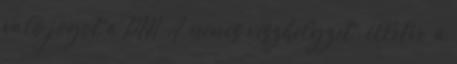
való jogot a PM A „nincs vészhelyzet”, illetve „a